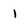
Character: I